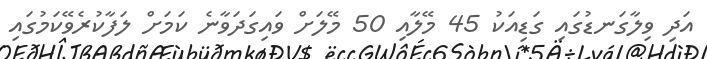
އަދި ވިލާގަނޑުގައި ގަޑިއަކު 45 މޭލާއި 50 މޭލަށް ވައިގަދަވާނެ ކަމަށް ލަފާކުރެވޭކަމުގައި